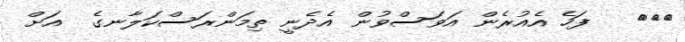
١٧٦   ފަހެ އެއުރެން އަވަސްވުން އެދެނީ ތިމަންރަސްކަލާނގެ  އަށް